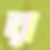
র